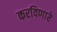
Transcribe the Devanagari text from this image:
करविणारे